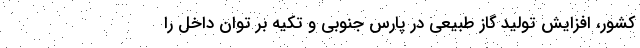
کشور، افزایش تولید گاز طبیعی در پارس جنوبی و تکیه بر توان داخل را